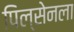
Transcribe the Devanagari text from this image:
पिल्सेनला